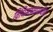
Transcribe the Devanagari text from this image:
विधिमंडळामधील